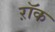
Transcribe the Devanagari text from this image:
ऱॉक